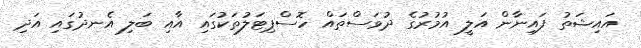
އައިޝަތު ފައިނާން އަލީ އުމުރުގެ ދުވަސްތައް ހޮސްޕިޓަލުތަކުގައި އާއި ބަލި އެނދުގައި އަދި